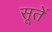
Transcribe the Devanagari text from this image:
सूतें